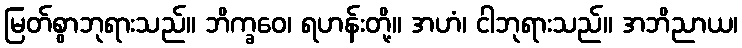
မြတ်စွာဘုရားသည်။ ဘိက္ခဝေ၊ ရဟန်းတို့။ အဟံ၊ ငါဘုရားသည်။ အဘိညာယ၊